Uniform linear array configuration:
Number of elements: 16
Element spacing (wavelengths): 0.5
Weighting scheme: binomial
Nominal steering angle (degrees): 0
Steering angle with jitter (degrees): -1.607
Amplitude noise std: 0.05
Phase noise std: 0.05

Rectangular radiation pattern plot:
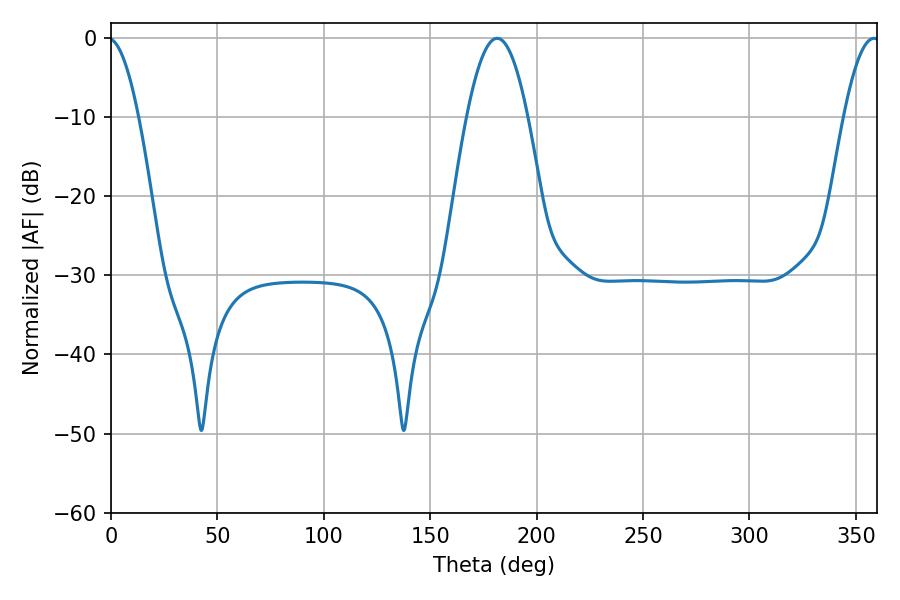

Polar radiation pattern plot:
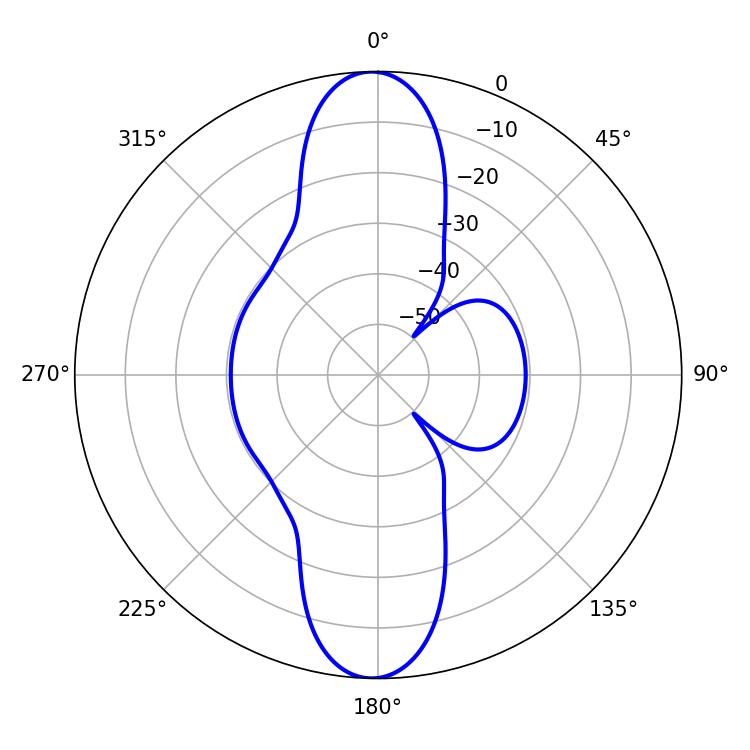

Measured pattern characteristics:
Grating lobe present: FALSE
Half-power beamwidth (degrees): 15.48
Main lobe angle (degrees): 181.44